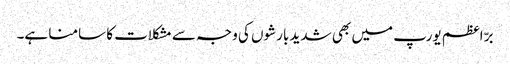
برّ اعظم یورپ میں بھی شدید بارشوں کی وجہ سے مشکلات کا سامنا ہے۔